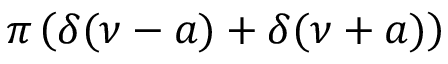
\pi \left( \delta ( \nu - a ) + \delta ( \nu + a ) \right)